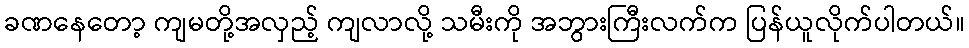
ခဏနေတော့ ကျမတို့အလှည့် ကျလာလို့ သမီးကို အဘွားကြီးလက်က ပြန်ယူလိုက်ပါတယ်။